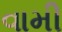
વામી